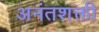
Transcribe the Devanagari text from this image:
अनंतशक्ती